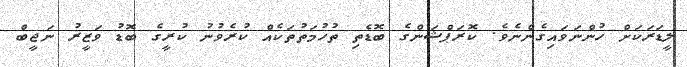
ލީޑަރަކަށް ހުންނަވައިގެންނެވެ. ކޮރަޕްޝަންގެ ބޮޑެތި ތުހުމަތުތަކެއް ކުރެވުނު ކުރީގެ ބޮޑު ވަޒީރު ނަޖީބް